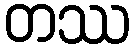
တဿ